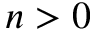
n > 0